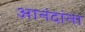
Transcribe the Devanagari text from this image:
आनंदांना